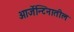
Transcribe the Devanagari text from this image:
आर्जेन्टिनातील